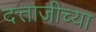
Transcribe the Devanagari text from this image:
दत्ताजीच्या